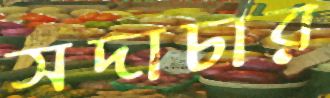
সদাচার